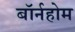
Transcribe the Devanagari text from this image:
बॉर्नहोम